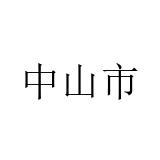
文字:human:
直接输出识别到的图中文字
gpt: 中山市